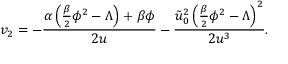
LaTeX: v _ { 2 } = - \frac { \alpha \left( \frac { \beta } { 2 } \phi ^ { 2 } - \Lambda \right) + \beta \phi } { 2 u } - \frac { \tilde { u } _ { 0 } ^ { 2 } \left( \frac { \beta } { 2 } \phi ^ { 2 } - \Lambda \right) ^ { 2 } } { 2 u ^ { 3 } } .